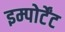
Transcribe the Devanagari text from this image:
इम्पोर्टेंट